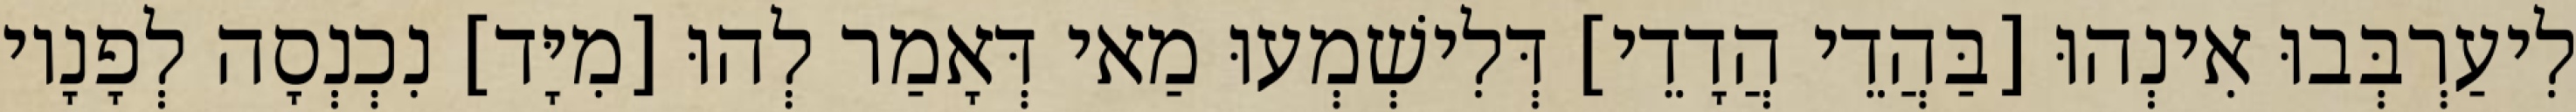
לִיעַרְבְּבוּ אִינְהוּ [בַּהֲדֵי הֲדָדֵי] דְּלִישְׁמְעוּ מַאי דְּאָמַר לְהוּ [מִיָּד] נִכְנְסָה לְפָנָיו